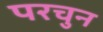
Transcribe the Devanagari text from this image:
परचुन